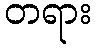
တရား